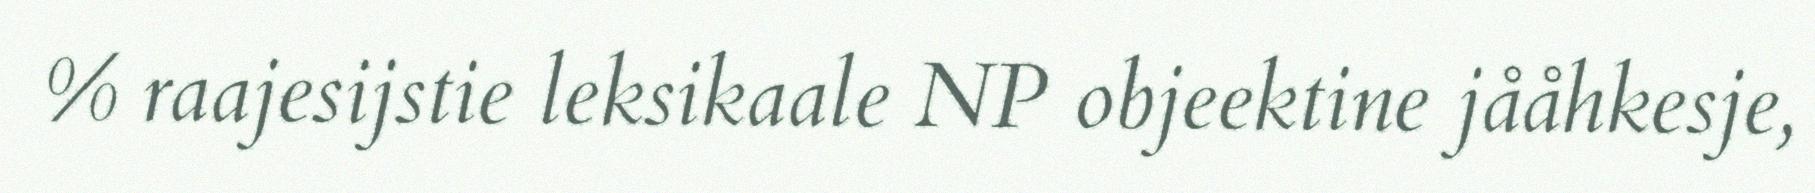
% raajesijstie leksikaale NP objeektine jååhkesje,